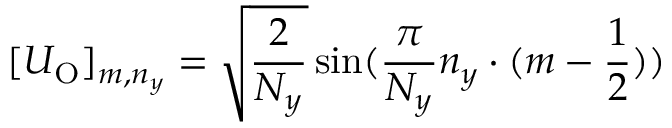
[ U _ { \mathrm { O } } ] _ { m , n _ { y } } = \sqrt { \frac { 2 } { N _ { y } } } \sin ( \frac { \pi } { N _ { y } } n _ { y } \cdot ( m - \frac { 1 } { 2 } ) )